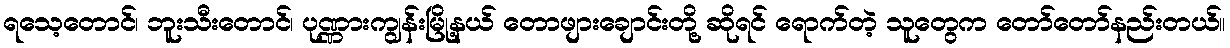
ရသေ့တောင်၊ ဘူးသီးတောင်၊ ပုဏ္ဏားကျွန်းမြို့နယ် တောဖျားချောင်းတို့ ဆိုရင် ရောက်တဲ့ သူတွေက တော်တော်နည်းတယ်။